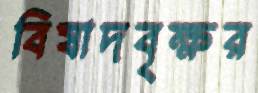
বিষাদবৃক্ষর